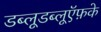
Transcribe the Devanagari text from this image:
डब्लूडब्लूऍफ़के